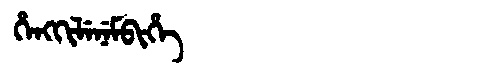
Manchu: ᡥᡝᠩᡴᡳᠯᡝᠨᡝᠮᠪᡳᡥᡝ
Romanization: HENGKILENEMBIHE